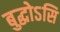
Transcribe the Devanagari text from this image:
बुद्धोऽसि